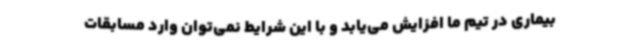
بیماری در تیم ما افزایش می‌یابد و با این شرایط نمی‌توان وارد مسابقات